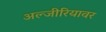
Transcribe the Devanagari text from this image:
अल्जीरियावर